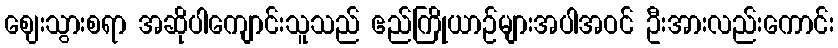
ဈေးသွားစရာ အဆိုပါကျောင်းသူသည် ဧည်ကြိုယာဉ်များအပါအဝင် ဦးအားလည်းကောင်း